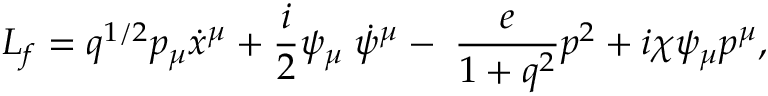
L _ { f } = q ^ { 1 / 2 } p _ { \mu } \dot { x } ^ { \mu } + \frac { i } { 2 } \psi _ { \mu } \; \dot { \psi } ^ { \mu } - \; \frac { e } { 1 + q ^ { 2 } } p ^ { 2 } + i \chi \psi _ { \mu } p ^ { \mu } ,